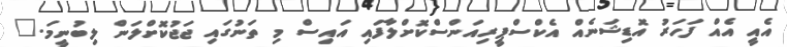
އެއީ އެއް ފަހަރު އޮޑިޝަނެއް އެކްސްޕީރިއަންސްކޮށްލާފައި އައިސް މި ތަނުގައި ޖަޖުކޮށްލަން ލިބުނީމަ."